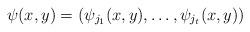
LaTeX: \begin{align*}\psi(x,y) = (\psi_{j_1}(x,y), \ldots, \psi_{j_t}(x,y))\end{align*}